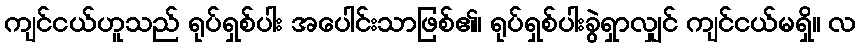
ကျင်ငယ်ဟူသည် ရုပ်ရှစ်ပါး အပေါင်းသာဖြစ်၏၊ ရုပ်ရှစ်ပါးခွဲရှာလျှင် ကျင်ငယ်မရှိ။ လ